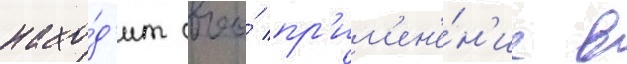
нахо́д'ит своо́ пр'им'ен'е́н'ие в